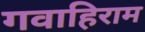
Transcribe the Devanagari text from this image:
गवाहिराम